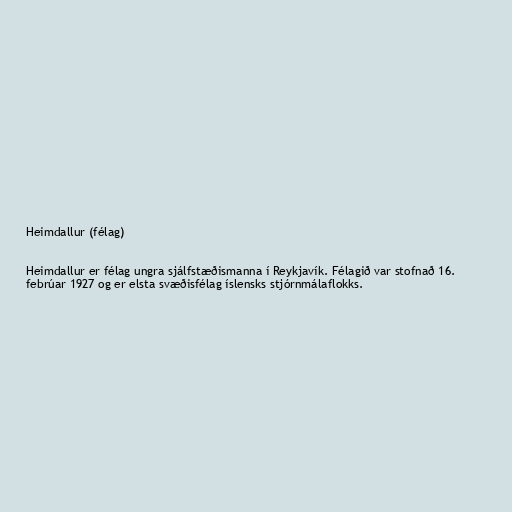
Heimdallur (félag)

Heimdallur er félag ungra sjálfstæðismanna í Reykjavík. Félagið var stofnað 16.
febrúar 1927 og er elsta svæðisfélag íslensks stjórnmálaflokks.